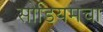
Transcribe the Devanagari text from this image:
सोडियमचा